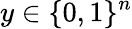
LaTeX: y\in\{ 0,1\} ^{n}